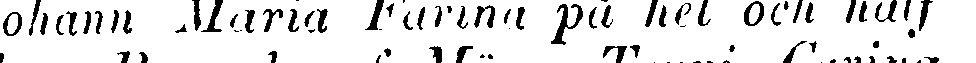
ohann Maria Farina på hel och half